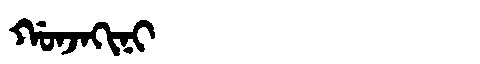
Manchu: ᡤᠣᠨᠵᠠᡴᡳᠨᡳ
Romanization: GONJAKINI